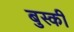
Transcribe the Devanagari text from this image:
बुस्की